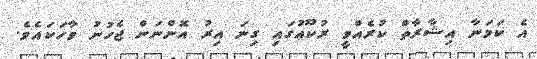
އެ ކަމަނާ އިޝާރާތް ކުރެއްވީ ރުކޫޢުގައި ގިނަ އިރު އޮންނަން ޖެހުނު ވާހަކައެވެ.